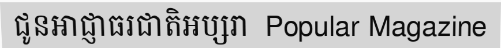
ជូនអាជ្ញាធរជាតិអប្សរា  Popular Magazine